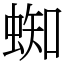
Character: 蜘